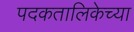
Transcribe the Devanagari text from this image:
पदकतालिकेच्या